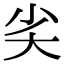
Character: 𡭟